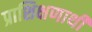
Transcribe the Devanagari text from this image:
प्राशिक्षणार्थी